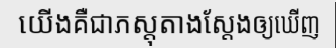
យើងគឺជាភស្តុតាងស្តែងឲ្យឃើញ